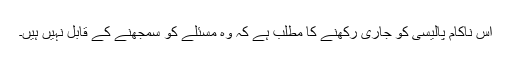
اس ناکام پالیسی کو جاری رکھنے کا مطلب ہے کہ وہ مسئلے کو سمجھنے کے قابل نہیں ہیں۔